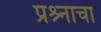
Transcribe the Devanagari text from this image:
प्रश्र्नाचा